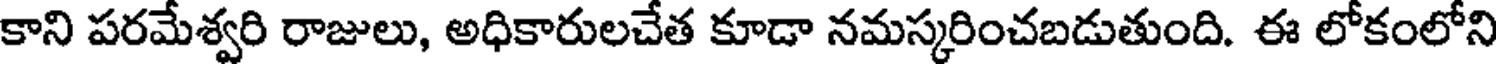
కాని పరమేశ్వరి రాజులు, అధికారులచేత కూడా నమస్కరించబడుతుంది. ఈ లోకంలోని